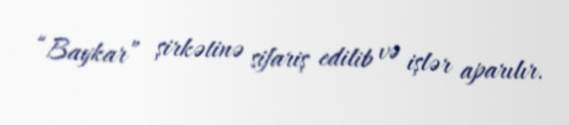
“Baykar” şirkətinə sifariş edilib və işlər aparılır.